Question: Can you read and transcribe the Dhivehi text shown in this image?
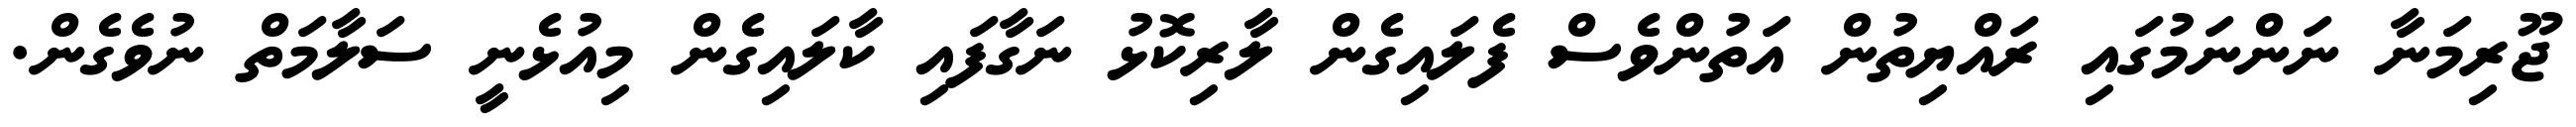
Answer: ޖޫރިމަނާ ނަންނަމުގައި ރައްޔިތުން އަތުންވެސް ފެލައިގެން ލާރިކޮޅު ނަގާފައި ކާލައިގެން މިއުޅެނީ ސަލާމަތް ނުވެގެން.